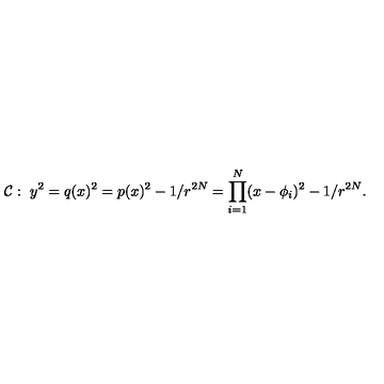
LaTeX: { \cal C } : \ y ^ { 2 } = q ( x ) ^ { 2 } = p ( x ) ^ { 2 } - 1 / r ^ { 2 N } = \prod _ { i = 1 } ^ { N } ( x - \phi _ { i } ) ^ { 2 } - 1 / r ^ { 2 N } .